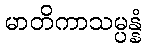
မာတိကာသမ္ပန္နံ